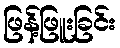
ဖြန့်ဖြူးခြင်း